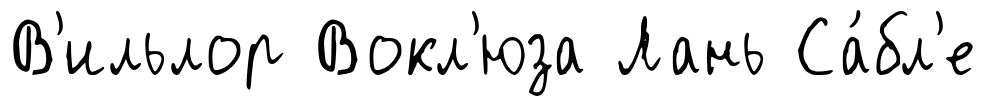
В'ильлор Вокл'юза Лань Са́бл'е